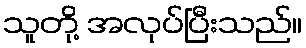
သူတို့ အလုပ်ပြီးသည်။